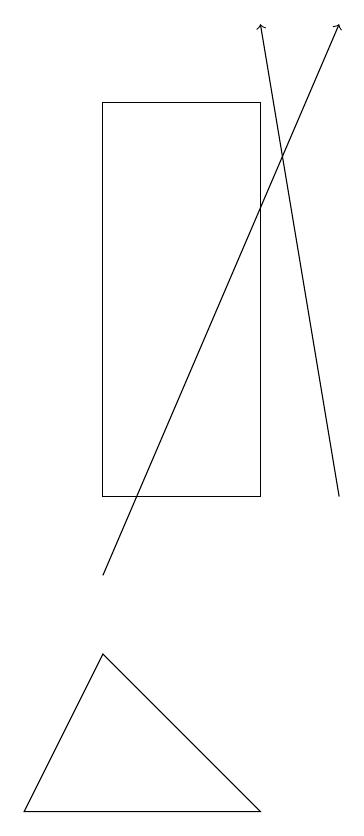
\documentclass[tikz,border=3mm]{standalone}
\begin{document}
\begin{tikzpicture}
\draw (1,9) -- (3,7) -- (0,7) -- cycle;
\draw[->] (1,10) -- (4,17);
\draw[->] (4,11) -- (3,17);
\draw (1,16) rectangle (3,11);
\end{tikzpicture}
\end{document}